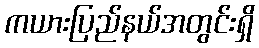
ကယားပြည်နယ်အတွင်းရှိ